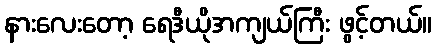
နားလေးတော့ ရေဒီယိုအကျယ်ကြီး ဖွင့်တယ်။